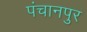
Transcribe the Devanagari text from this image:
पंचानपुर